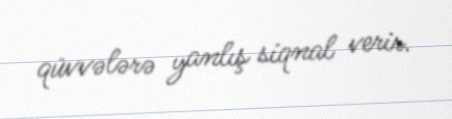
qüvvələrə yanlış siqnal verir.